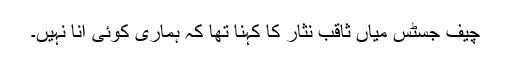
چیف جسٹس میاں ثاقب نثار کا کہنا تھا کہ ہماری کوئی انا نہیں۔